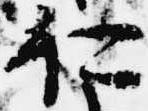
仁